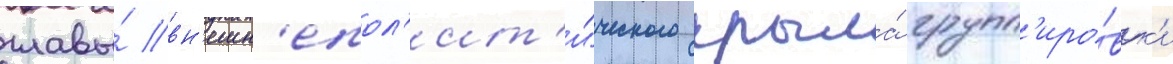
главы́ вн'ешн'епол'ит'и́ческого крыла́ групп'иро́вк'и